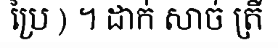
ប្រៃ ) ។ ដាក់ សាច់ ត្រី